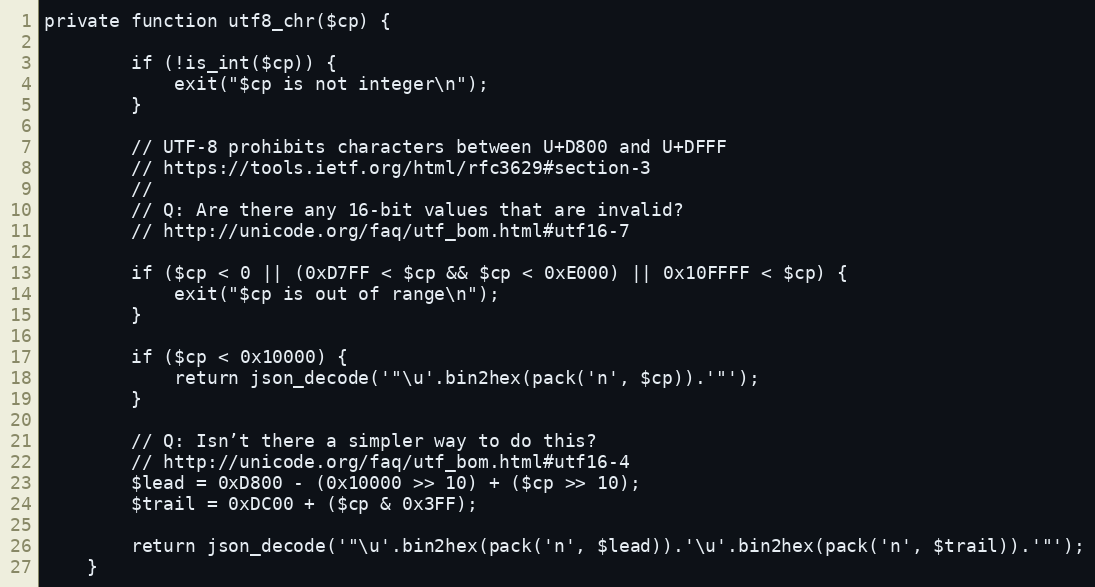
Language: PHP
private function utf8_chr($cp) {

        if (!is_int($cp)) {
            exit("$cp is not integer\n");
        }

        // UTF-8 prohibits characters between U+D800 and U+DFFF
        // https://tools.ietf.org/html/rfc3629#section-3
        //
        // Q: Are there any 16-bit values that are invalid?
        // http://unicode.org/faq/utf_bom.html#utf16-7

        if ($cp < 0 || (0xD7FF < $cp && $cp < 0xE000) || 0x10FFFF < $cp) {
            exit("$cp is out of range\n");
        }

        if ($cp < 0x10000) {
            return json_decode('"\u'.bin2hex(pack('n', $cp)).'"');
        }

        // Q: Isn’t there a simpler way to do this?
        // http://unicode.org/faq/utf_bom.html#utf16-4
        $lead = 0xD800 - (0x10000 >> 10) + ($cp >> 10);
        $trail = 0xDC00 + ($cp & 0x3FF);

        return json_decode('"\u'.bin2hex(pack('n', $lead)).'\u'.bin2hex(pack('n', $trail)).'"');
    }